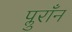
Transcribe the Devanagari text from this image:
प्लुराँन